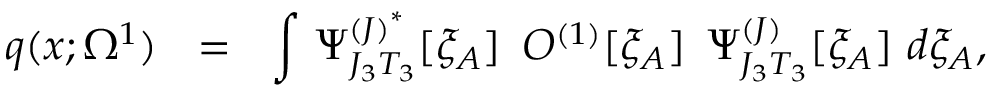
q ( x ; \Omega ^ { 1 } ) \ \ = \ \ \int \, \Psi _ { J _ { 3 } T _ { 3 } } ^ { { ( J ) } ^ { * } } [ \xi _ { A } ] \, \, \, O ^ { ( 1 ) } [ \xi _ { A } ] \, \, \, \Psi _ { J _ { 3 } T _ { 3 } } ^ { ( J ) } [ \xi _ { A } ] \, \, d \xi _ { A } ,